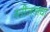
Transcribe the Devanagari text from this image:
स्त्रीजनांचा